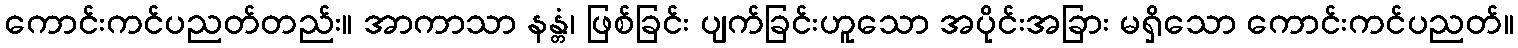
ကောင်းကင်ပညတ်တည်း။ အာကာသာ နန္တံ၊ ဖြစ်ခြင်း ပျက်ခြင်းဟူသော အပိုင်းအခြား မရှိသော ကောင်းကင်ပညတ်။